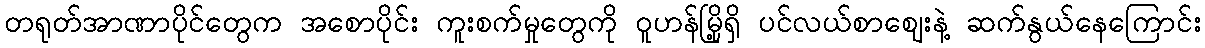
တရုတ်အာဏာပိုင်တွေက အစောပိုင်း ကူးစက်မှုတွေကို ဝူဟန်မြို့ရှိ ပင်လယ်စာဈေးနဲ့ ဆက်နွယ်နေကြောင်း